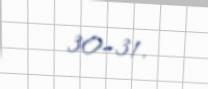
30–31.